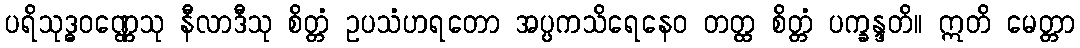
ပရိသုဒ္ဓဝဏ္ဏေသု နီလာဒီသု စိတ္တံ ဥပသံဟရတော အပ္ပကသိရေနေဝ တတ္ထ စိတ္တံ ပက္ခန္ဒတိ။ ဣတိ မေတ္တာ